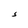
Character: S